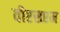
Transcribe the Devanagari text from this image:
वीएसएम